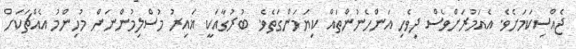
ޖެއްސިކަމަށެވެ. އެއަމުރަށްވެސް ދިވެހި އަންހެނުންތައް ކިޔަމަންގަތެވެ. ބުރުގާއަކީ ޣައިރު މުސްލިމުންނަށް މުހިންމު އެއްޗަކަށް